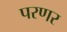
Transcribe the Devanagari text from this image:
परणर